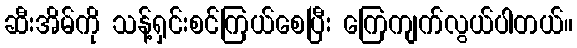
ဆီးအိမ်ကို သန့်ရှင်းစင်ကြယ်စေပြီး ကြေကျက်လွယ်ပါတယ်။